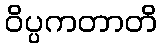
ဝိပ္ပကတာတိ